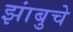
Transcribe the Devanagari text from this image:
झांबुचे